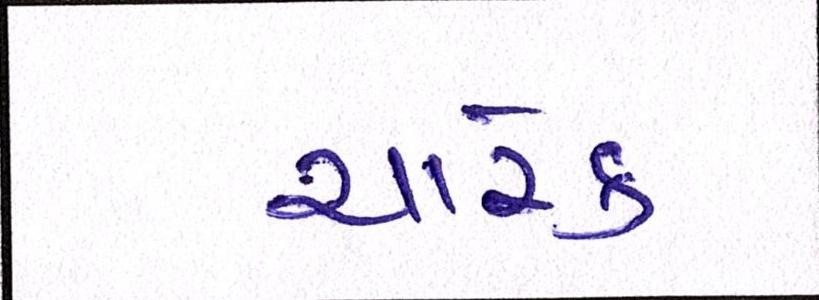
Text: ચારેક